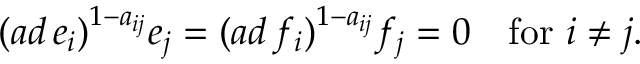
( a d \, e _ { i } ) ^ { 1 - a _ { i j } } e _ { j } = ( a d \, f _ { i } ) ^ { 1 - a _ { i j } } f _ { j } = 0 \quad \mathrm { f o r ~ } i \neq j .